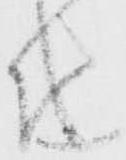
儀